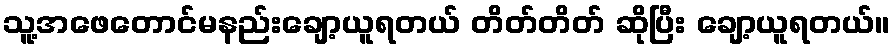
သူ့အဖေတောင်မနည်းချော့ယူရတယ် တိတ်တိတ် ဆိုပြီး ချော့ယူရတယ်။